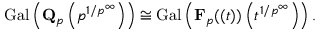
\operatorname { G a l } \left( \mathbf { Q } _ { p } \left( p ^ { 1 / p ^ { \infty } } \right) \right) \cong \operatorname { G a l } \left( \mathbf { F } _ { p } ( ( t ) ) \left( t ^ { 1 / p ^ { \infty } } \right) \right) .